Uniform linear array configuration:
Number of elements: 16
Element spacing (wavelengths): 0.25
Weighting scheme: cosine
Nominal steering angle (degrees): -15
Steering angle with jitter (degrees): -16.072
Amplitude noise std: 0.05
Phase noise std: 0.05

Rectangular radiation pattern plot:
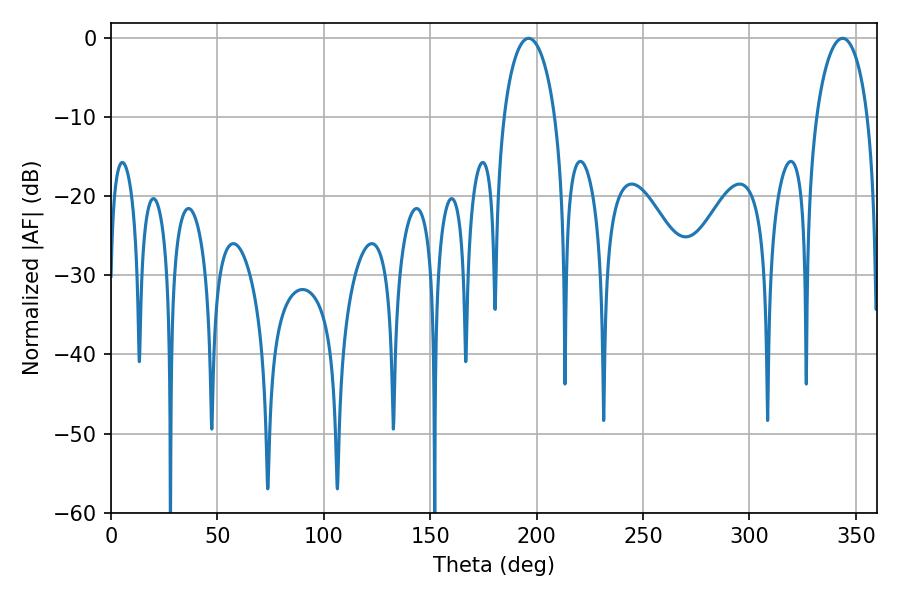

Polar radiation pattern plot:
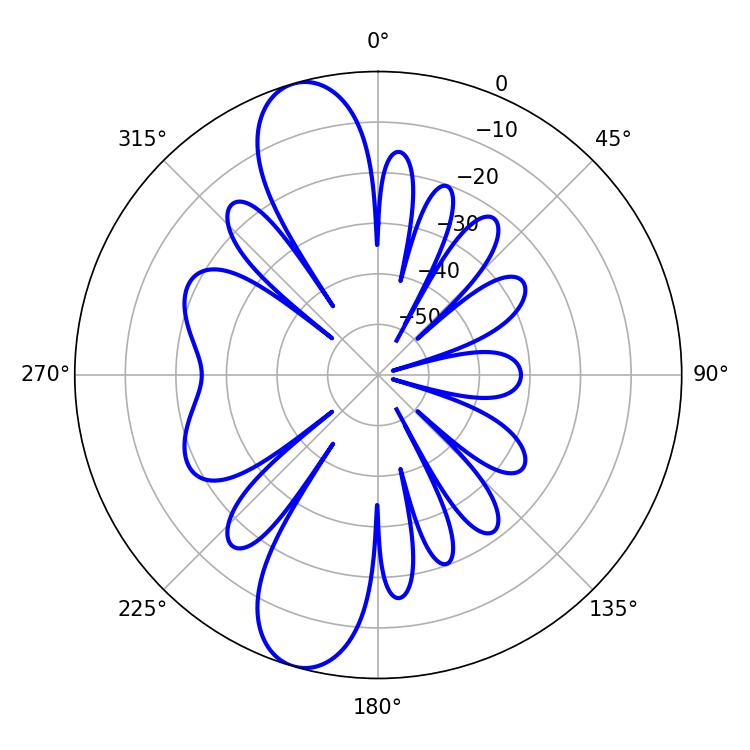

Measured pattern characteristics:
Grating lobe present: FALSE
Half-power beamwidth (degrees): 13.86
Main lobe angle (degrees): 196.2